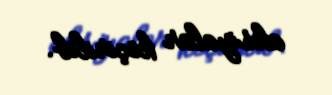
aksiyalar keçirilib.